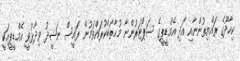
ކިހާދޫގެ ރައްޔިތުންނާއި އަދި އެމްޑީޕީގެ ސަޕޯޓަރުންނާ މުޚާތަބްކުރައްވަމުން ރައީސް ނަޝީދު ވިދާޅުވީ އެމްޑީޕީއަކީ